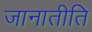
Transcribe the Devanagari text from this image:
जानातीति